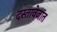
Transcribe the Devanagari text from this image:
दस्तावेजांत